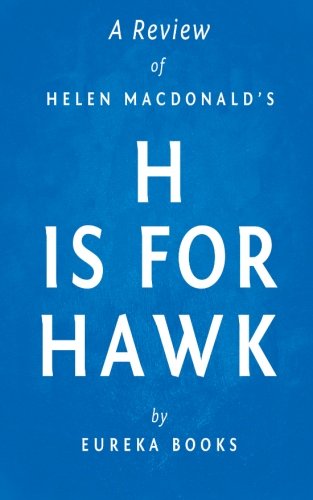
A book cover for A Review of Helen Macdonald's H is for Hawk; Eureka Books; Sports & Outdoors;